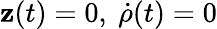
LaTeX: \mathbf{z}(t)=0,\ \dot{{\rho}}(t)=0